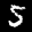
Label: 5